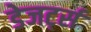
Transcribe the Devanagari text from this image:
डेजर्ट्स